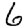
Digit: 6